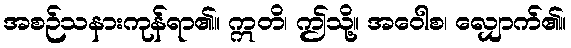
အစဉ်သနားကုန်ရာ၏။ ဣတိ၊ ဤသို့။ အဝေါစ၊ လျှောက်၏။